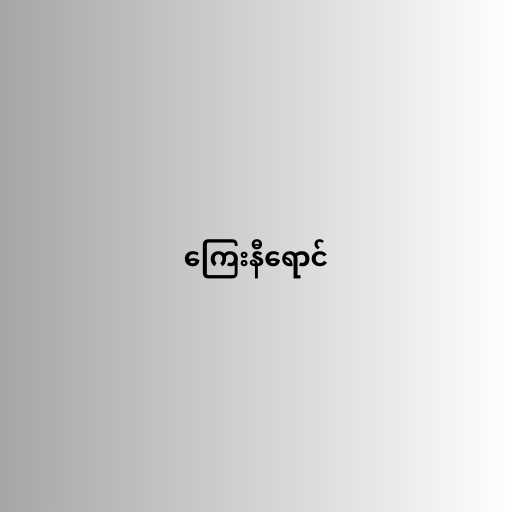
ကြေးနီရောင်